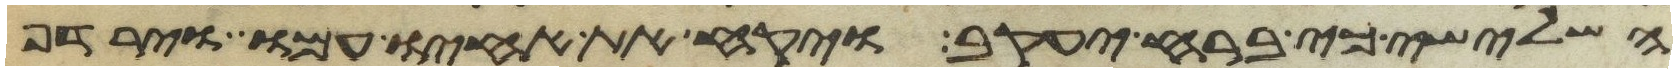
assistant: השלישי כי ברח יעקב ויקח את אחיו עמו וירדף